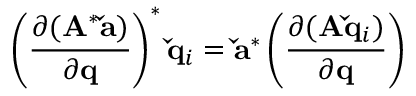
\left( \frac { \partial ( \mathbf { A } ^ { * } \mathbf { \check { a } } ) } { \partial \mathbf { q } } \right) ^ { * } \mathbf { \check { q } } _ { i } = \mathbf { \check { a } } ^ { * } \left( \frac { \partial ( \mathbf { A } \mathbf { \check { q } } _ { i } ) } { \partial \mathbf { q } } \right)